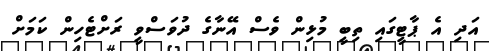
އަދި އެ ޕާޓީގައި ތިބީ މުޅިން ވެސް އޭނާގެ ދުވަސްވީ ރަށްޓެހިން ކަމަށް